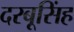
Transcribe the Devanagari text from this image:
दरबूसिंह